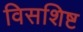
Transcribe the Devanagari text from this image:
विसशिष्ट